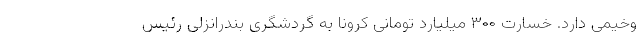
وخیمی دارد. خسارت ۳۰۰ میلیارد تومانی کرونا به گردشگری بندرانزلی رئیس